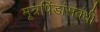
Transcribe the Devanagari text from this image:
मूत्रपिंडांसंबंधी